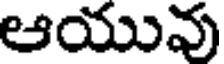
ఆయువు